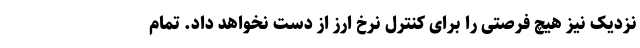
نزدیک نیز هیچ فرصتی را برای کنترل نرخ ارز از دست نخواهد داد. تمام